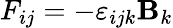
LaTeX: F_{ij}=-\varepsilon_{ijk}{\mathbf B}_{k}